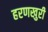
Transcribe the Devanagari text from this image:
हरणखुरी